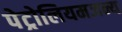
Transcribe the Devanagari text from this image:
पेट्रोलियमजन्य